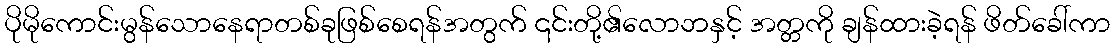
ပိုမိုကောင်းမွန်သောနေရာတစ်ခုဖြစ်စေရန်အတွက် ၎င်းတို့၏လောဘနှင့် အတ္တကို ချန်ထားခဲ့ရန် ဖိတ်ခေါ်ကာ